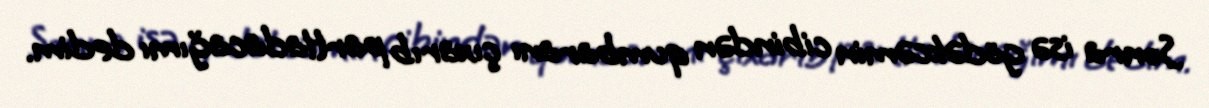
Sonra isə gödəkcəmin cibindən qumbaranı çıxarıb partladacağımı dedim.